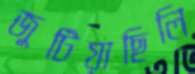
জুটিয়াছিলি